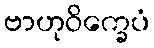
ဗာဟုဝိက္ခေပံ